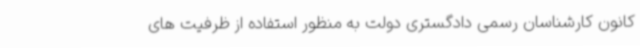
کانون کارشناسان رسمی دادگستری دولت به منظور استفاده از ظرفیت های